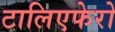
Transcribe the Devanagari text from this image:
टालिएफेरो